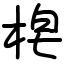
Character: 梍